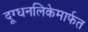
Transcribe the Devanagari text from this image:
दूग्धनलिकेमार्फत